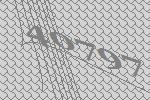
40797